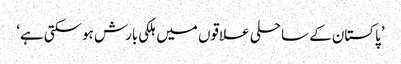
’پاکستان کے ساحلی علاقوں میں ہلکی بارش ہوسکتی ہے‘